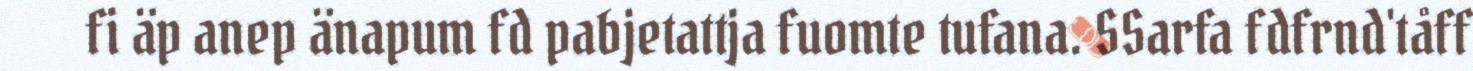
fi äp anep änapum fd pabjetattja fuomte tufana. SSarfa fdfrnd'tåff